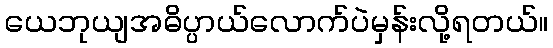
ယေဘုယျအဓိပ္ပာယ်လောက်ပဲမှန်းလို့ရတယ်။